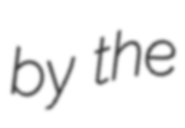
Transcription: by the